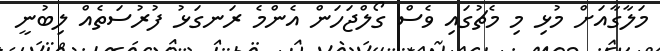
މަލާގާއަށް މުޅި މި މެޗުގައި ވެސް ގޯލްޖަހަން އެންމެ ރަނގަޅު ފުރުސަތެއް ލިބުނީ